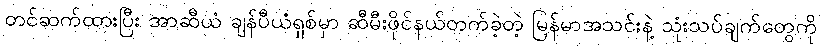
တင်ဆက်ထားပြီး အာဆီယံ ချန်ပီယံရှစ်မှာ ဆီမီးဖိုင်နယ်တက်ခဲ့တဲ့ မြန်မာအသင်းနဲ့ သုံးသပ်ချက်တွေကို